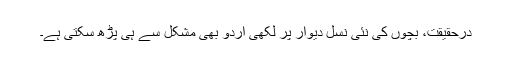
درحقیقت، بچوں کی نئی نسل دیوار پر لکھی اردو بھی مشکل سے ہی پڑھ سکتی ہے۔